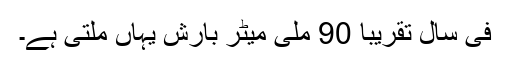
فی سال تقریبا 90 ملی میٹر بارش یہاں ملتی ہے۔